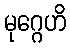
မုဂ္ဂေဟိ